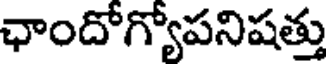
ఛాందోగ్యోపనిషత్తు